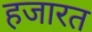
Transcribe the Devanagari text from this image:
हजारत